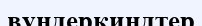
вундеркиндтер